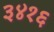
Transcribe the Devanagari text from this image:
३४१६